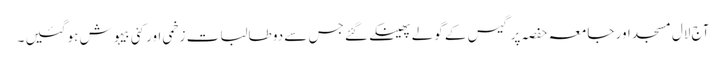
آج لال مسجد اور جامعہ حفصہ پر گیس کے گولے پھینکے گئے جس سے دو طالبات زخمی اور کئی بیہوش ہو گئیں ۔